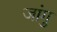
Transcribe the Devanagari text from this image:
जांगु